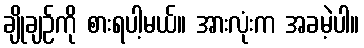
ချိုချဉ်ကို စားရပါ့မယ်။ အားလုံးက အခမဲ့ပါ။